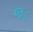
જડ